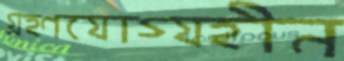
গ্রহণযোগ্যহীন